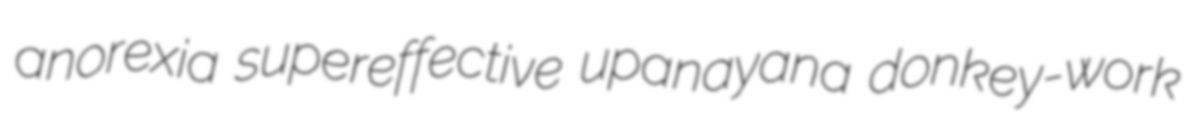
anorexia supereffective upanayana donkey-work